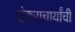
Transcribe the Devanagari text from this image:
शंकराचार्यांची